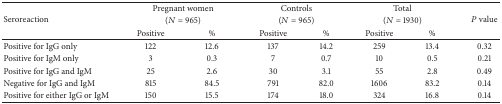
| <ROWSPAN=3> Seroreaction | <COLSPAN=2> Pregnant women | <COLSPAN=2> Controls | <COLSPAN=2> Total | <ROWSPAN=3> P value |
 | <COLSPAN=2> (N = 965) | <COLSPAN=2> (N = 965) | <COLSPAN=2> (N = 1930) |
 | Positive | % | Positive | % | Positive | % |
 | --- | --- | --- | --- | --- | --- | --- | --- |
 | Positive for IgG only | 122 | 12.6 | 137 | 14.2 | 259 | 13.4 | 0.32 |
 | Positive for IgM only | 3 | 0.3 | 7 | 0.7 | 10 | 0.5 | 0.21 |
 | Positive for IgG and IgM | 25 | 2.6 | 30 | 3.1 | 55 | 2.8 | 0.49 |
 | Negative for IgG and IgM | 815 | 84.5 | 791 | 82.0 | 1606 | 83.2 | 0.14 |
 | Positive for either IgG or IgM | 150 | 15.5 | 174 | 18.0 | 324 | 16.8 | 0.14 |